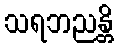
သရဘညန္တိ